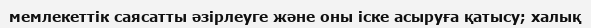
мемлекеттік саясатты әзірлеуге және оны іске асыруға қатысу; халық